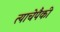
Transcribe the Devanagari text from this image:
त्याचेपैकी